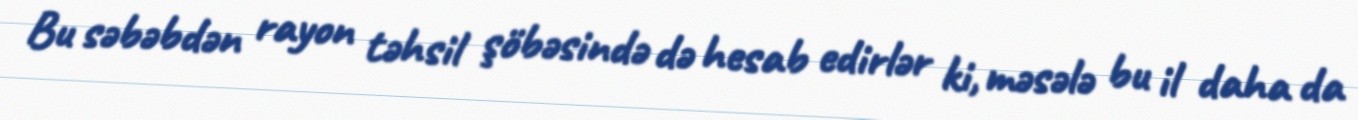
Bu səbəbdən rayon təhsil şöbəsində də hesab edirlər ki, məsələ bu il daha da